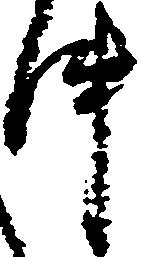
件